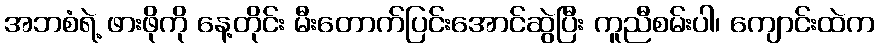
အဘစံရဲ့ ဖားဖိုကို နေ့တိုင်း မီးတောက်ပြင်းအောင်ဆွဲပြီး ကူညီစမ်းပါ၊ ကျောင်းထဲက